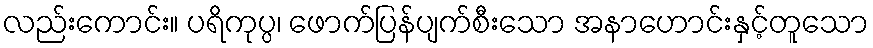
လည်းကောင်း။ ပရိကုပ္ပ၊ ဖောက်ပြန်ပျက်စီးသော အနာဟောင်းနှင့်တူသော